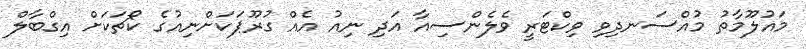
މައުލޫމާތު މުއްސަނދިވި ވިކްޓަރީ ވެލެންސިއާ އަދި ނިއު އެއް ގުރޫޕަކަށްނިއުގެ ކޯޗަކަށް އިގްބާލް